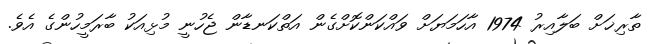
ތާރިޚަށް ބަލާއިރު 1974 އާހަމަޔަށް ވައްކަންކޮށްގެން އަތްކަނޑާން ޖެހުނީ މުޅިއަކު ބާރަމީހުންގެ އެވެ.